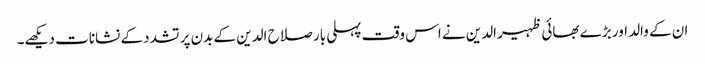
ان کے والد اور بڑے بھائی ظہیرالدین نے اس وقت پہلی بار صلاح الدین کے بدن پر تشدد کے نشانات دیکھے۔